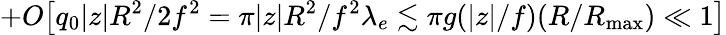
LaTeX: +O\big[q_{0}|z|R^{2}/2f^{2}=\pi|z|R^{2}/f^{2}\lambda_{e}\lesssim\pi g(|z|/f)(R/{R_{\mathrm{max}}})\ll 1\big]